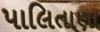
પાલિતાણા